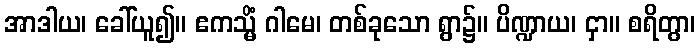
အာဒါယ၊ ခေါ်ယူ၍။ ဧကသ္မိံ ဂါမေ၊ တစ်ခုသော ရွာ၌။ ပိဏ္ဍာယ၊ ငှာ။ စရိတွာ၊